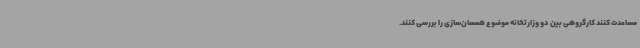
مساعدت کنند کارگروهی بین دو وزارتخانه موضوع همسان‌سازی را بررسی کنند.